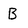
Character: B